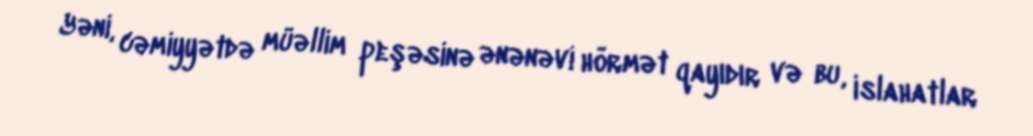
Yəni, cəmiyyətdə müəllim peşəsinə ənənəvi hörmət qayıdır və bu, islahatlar